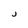
Character: J